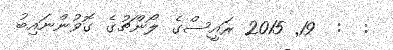
:  :  19